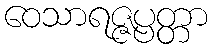
ဝေသာရဇ္ဇပ္ပတ္တာ